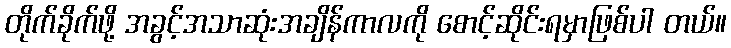
တိုက်ခိုက်ဖို့ အခွင့်အသာဆုံးအချိန်ကာလကို စောင့်ဆိုင်းရမှာဖြစ်ပါ တယ်။